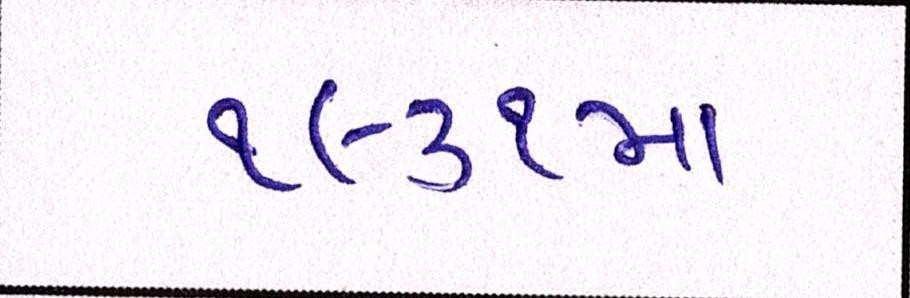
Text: ૧૯૩૧ના